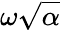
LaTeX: \omega\sqrt{\alpha}